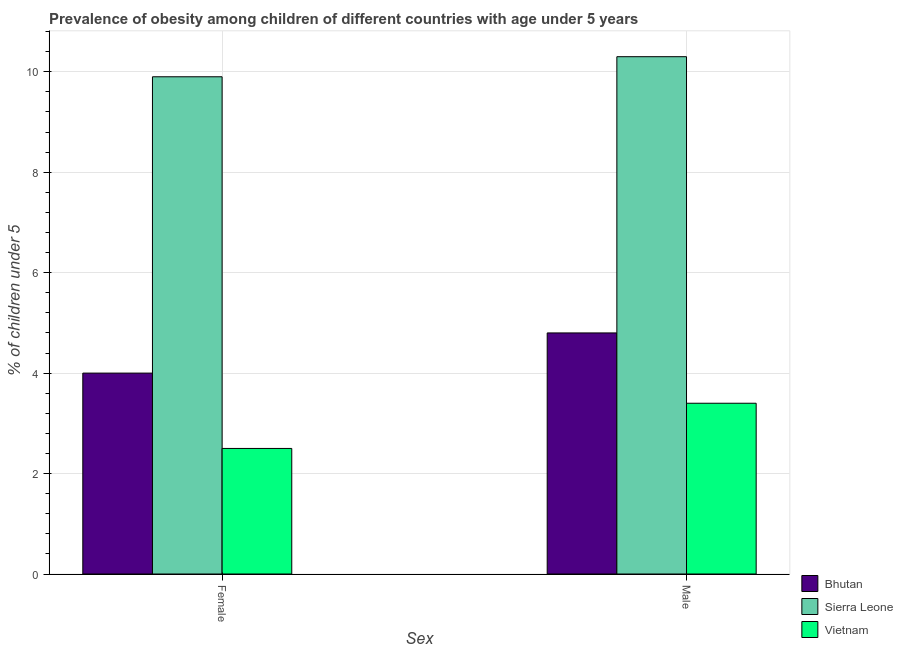
| Sex | Bhutan | Sierra Leone | Vietnam |
 | --- | --- | --- | --- |
 | Female | 4 | 9.9 | 2.5 |
 | Male | 4.8 | 10.3 | 3.4 |